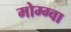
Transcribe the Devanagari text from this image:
मोम्ग्वा